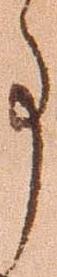
事